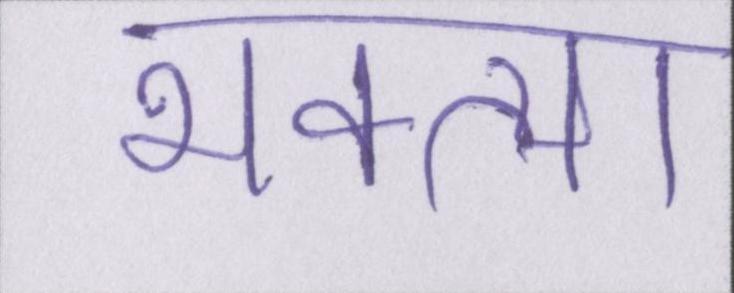
भक्त्या